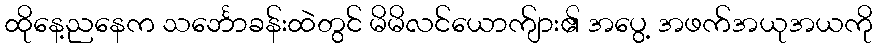
ထိုနေ့ညနေက သင်္ဘောခန်းထဲတွင် မိမိလင်ယောက်ျား၏ အပွေ့ အဖက်အယုအယကို